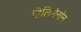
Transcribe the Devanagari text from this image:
हिलिगेनॉन